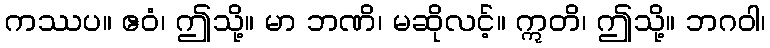
ကဿပ။ ဧဝံ၊ ဤသို့။ မာ ဘဏိ၊ မဆိုလင့်။ ဣတိ၊ ဤသို့။ ဘဂဝါ၊